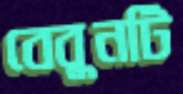
বেবুনটি